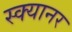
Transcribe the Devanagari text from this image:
स्क्यानर